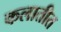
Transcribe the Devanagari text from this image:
कलातीत